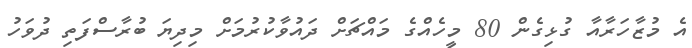
އެ މުޒާހަރާއާ ގުޅިގެން 80 މީހެއްގެ މައްޗަށް ދައުވާކުރުމަށް މިދިޔަ ބުރާސްފަތި ދުވަހު